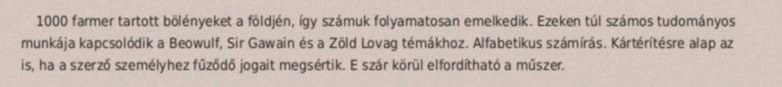
1000 farmer tartott bölényeket a földjén, így számuk folyamatosan emelkedik. Ezeken túl számos tudományos munkája kapcsolódik a Beowulf, Sir Gawain és a Zöld Lovag témákhoz. Alfabetikus számírás. Kártérítésre alap az is, ha a szerző személyhez fűződő jogait megsértik. E szár körül elfordítható a műszer.